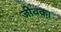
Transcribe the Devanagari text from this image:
जीवक।